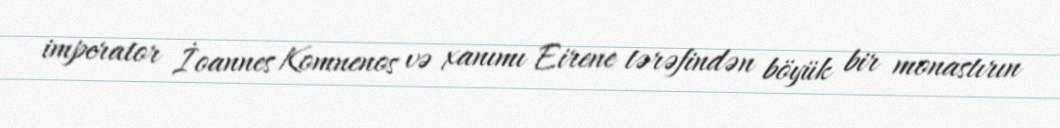
imperator İoannes Komnenos və xanımı Eirene tərəfindən böyük bir monastırın